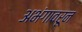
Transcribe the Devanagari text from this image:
अभंगावरून